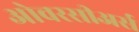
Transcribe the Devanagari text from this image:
ओवरसीअर्स